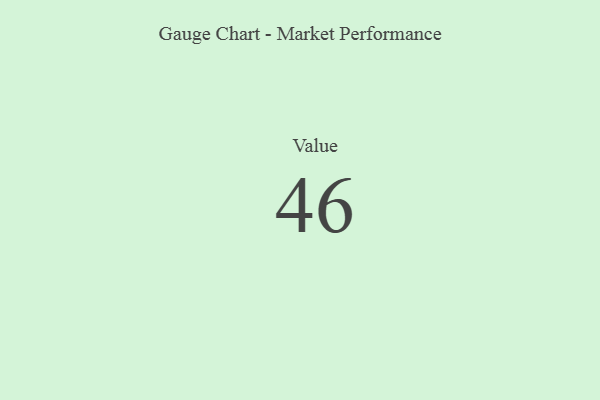
{"axis": {"x": "Metric", "y": "Value"}, "legend": [""], "data": [{"x": "Value", "y": 46, "type": ""}]}